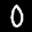
Label: 0